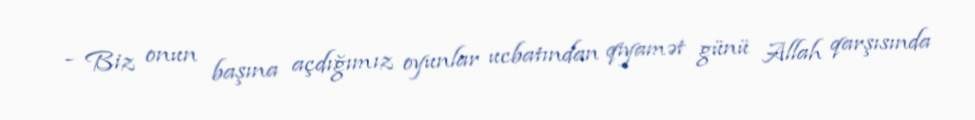
- Biz onun başına açdığımız oyunlar ucbatından qiyamət günü Allah qarşısında